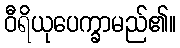
ဝီရိယုပေက္ခာမည်၏။